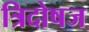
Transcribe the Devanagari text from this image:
त्रिदोषज